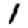
Digit: 1